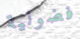
فضولية